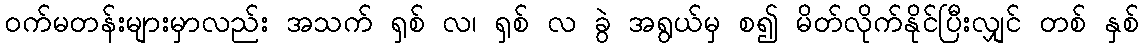
ဝက်မတန်းများမှာလည်း အသက် ရှစ် လ၊ ရှစ် လ ခွဲ အရွယ်မှ စ၍ မိတ်လိုက်နိုင်ပြီးလျှင် တစ် နှစ်